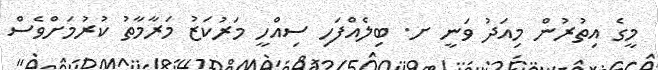
މީގެ އިތުރުން މިއަދު ވަނީ ށ. ބިލެއްފަހި ސިއްހީ މަރުކަޒު މަރާމާތު ކުރުމަށްވެސް